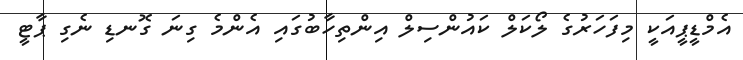
އެމްޑީޕީއަކީ މިފަހަރުގެ ލޯކަލް ކައުންސިލް އިންތިހާބުގައި އެންމެ ގިނަ ގޮނޑި ނެގި ޕާޓީ